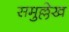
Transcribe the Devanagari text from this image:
समुल्लेख